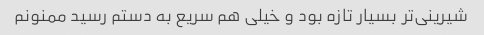
شیرینی‌تر بسیار تازه بود و خیلی هم سریع به دستم رسید ممنونم